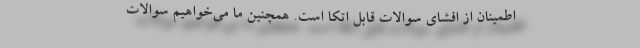
اطمینان از افشای سوالات قابل اتکا است. همچنین ما می‌خواهیم سوالات